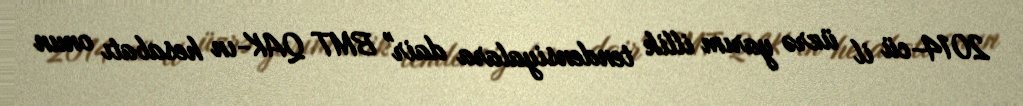
2014-cü il üzrə yarım illik tendensiyalara dair" BMT QAK-ın hesabatı onun